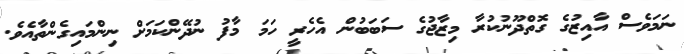
ނަމަވެސް އާއިޒުގެ ގޮތްދޫނުކުރާ މިޒާޖުގެ ސަބަބުން އެހެރީ ހަމަ މާފު ނުދޭންކަމަށް ނިންމައިގެންތާއެވެ.